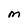
Character: m